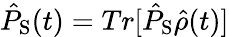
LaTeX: \hat{P}_{\mathrm{S}}(t)=Tr[\hat{P}_{\mathrm{S}}\hat{\rho}(t)]